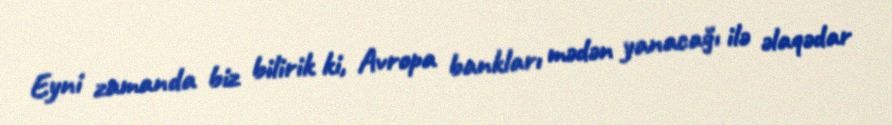
Eyni zamanda biz bilirik ki, Avropa bankları mədən yanacağı ilə əlaqədar